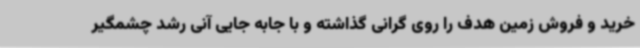
خرید و فروش زمین هدف را روی گرانی گذاشته و با جابه جایی آنی رشد چشمگیر